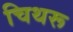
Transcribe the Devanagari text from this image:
चिथरू